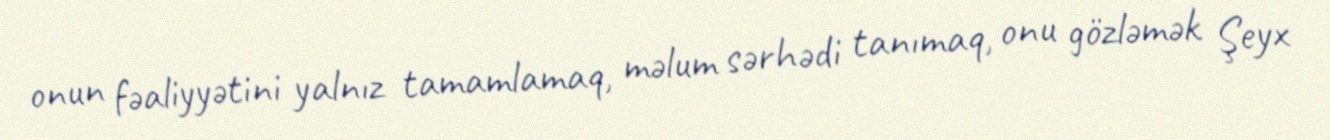
onun fəaliyyətini yalnız tamamlamaq, məlum sərhədi tanımaq, onu gözləmək Şeyx